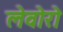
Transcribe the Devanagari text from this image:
लेवोरो